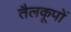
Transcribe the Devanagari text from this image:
तैलकूपों